Annual report on the health of the army in India
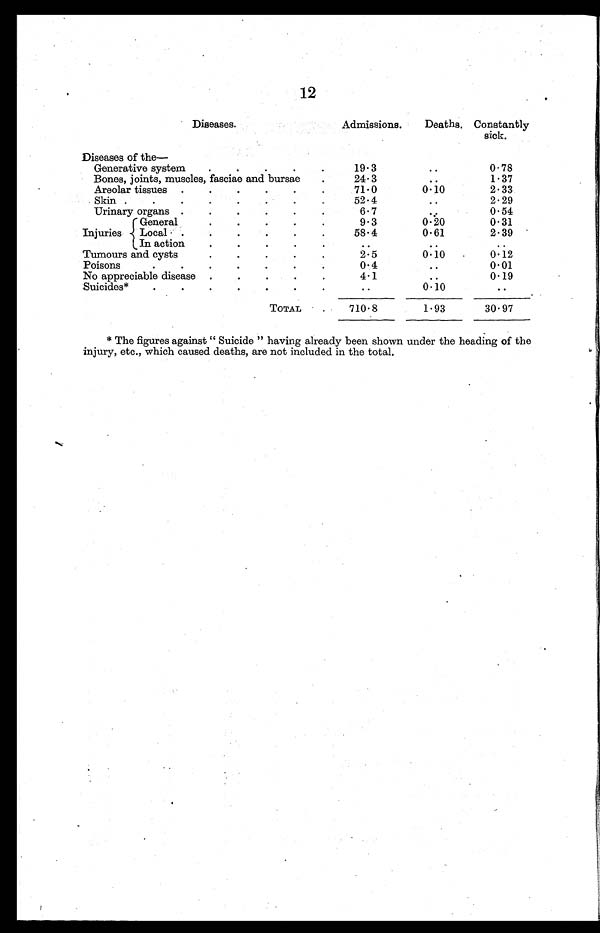
12
Diseases.
Admissions.
Deaths. Constantly
sick.
Diseases of the
Generative system
.
.
.
.
.
19.3
..
0.78
Bones, joints, muscles, fasciae and bursae
.
24.3
..
1.37
Areolar tissues .
.
.
.
.
.
71.0
0.10
2.33
Skin .
.
.
.
.
52.4
..
2.29
Urinary organs .
.
.
.
.
.
6.7
..
0. 54
General
.
.
.
.
.
9.3
0.20
0.31
Injuries
Local . .
. . .
58.4
0.61
2.39
In action
.
.
.
.
.
..
Tumours and cysts
2.5
0.10
0.12
Poisons . . . . .
0.4
..
0.01
No appreciable disease .
.
. . .
4.1
..
0.19
Suicides*
.
.
.
.
.
.
.
. . 0.10
..
TOTAL
710.8
1.93
30.97
* The figures against " Suicide " having already been shown under the heading of the
injury, etc., which caused deaths, are not included in the total.